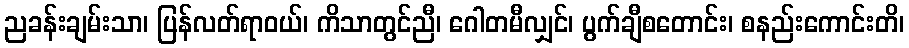
ညခန်းချမ်းသာ၊ ပြန်လတ်ရာဝယ်၊ ကိသာတွင်ညီ၊ ဂေါတမီလျှင်၊ ပွက်ချီစတောင်း၊ စနည်းကောင်းတိ၊